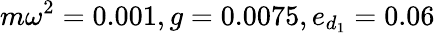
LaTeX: m\omega^{2}=0.001,g=0.0075,e_{d_{1}}=0.06